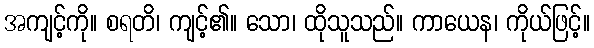
အကျင့်ကို။ စရတိ၊ ကျင့်၏။ သော၊ ထိုသူသည်။ ကာယေန၊ ကိုယ်ဖြင့်။